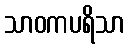
သာဝကပရိသာ